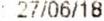
: 27/06/18